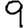
Digit: 9